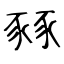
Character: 豩